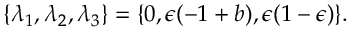
\{ \lambda _ { 1 } , \lambda _ { 2 } , \lambda _ { 3 } \} = \{ 0 , \epsilon ( - 1 + b ) , \epsilon ( 1 - \epsilon ) \} .